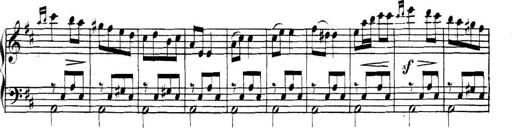
Title: Collected Piano Sonatas
Composer: Muzio Clementi